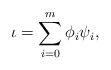
LaTeX: \begin{align*}\iota=\sum_{i=0}^m \phi_i\psi_i,\end{align*}